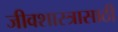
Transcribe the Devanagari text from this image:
जीवशास्त्रासाठी